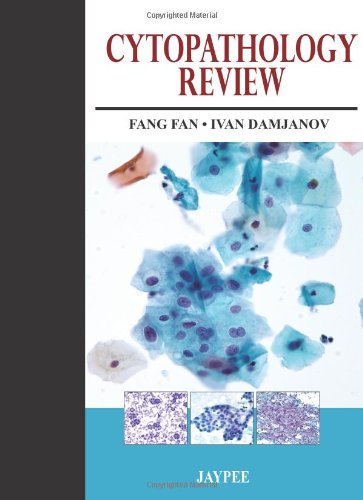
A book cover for Cytopathology Review; Fang, Ph.D. Fan; Medical Books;